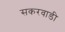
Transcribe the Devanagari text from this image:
सकरवाडी